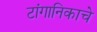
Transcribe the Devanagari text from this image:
टांगानिकाचे